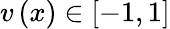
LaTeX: v\left(x\right)\in\left[-1,1\right]